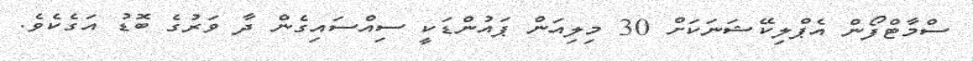
ސްމާޓްފޯން އެޕްލިކޭޝަނަކަށް 30 މިލިއަން ޕައުންޑަކީ ސިއްސައިގެން ދާ ވަރުގެ ބޮޑު އަގެކެވެ.